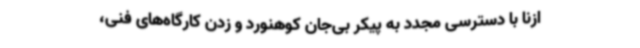
ازنا با دسترسی مجدد به پیکر بی‌جان کوهنورد و زدن کارگاه‌های فنی،